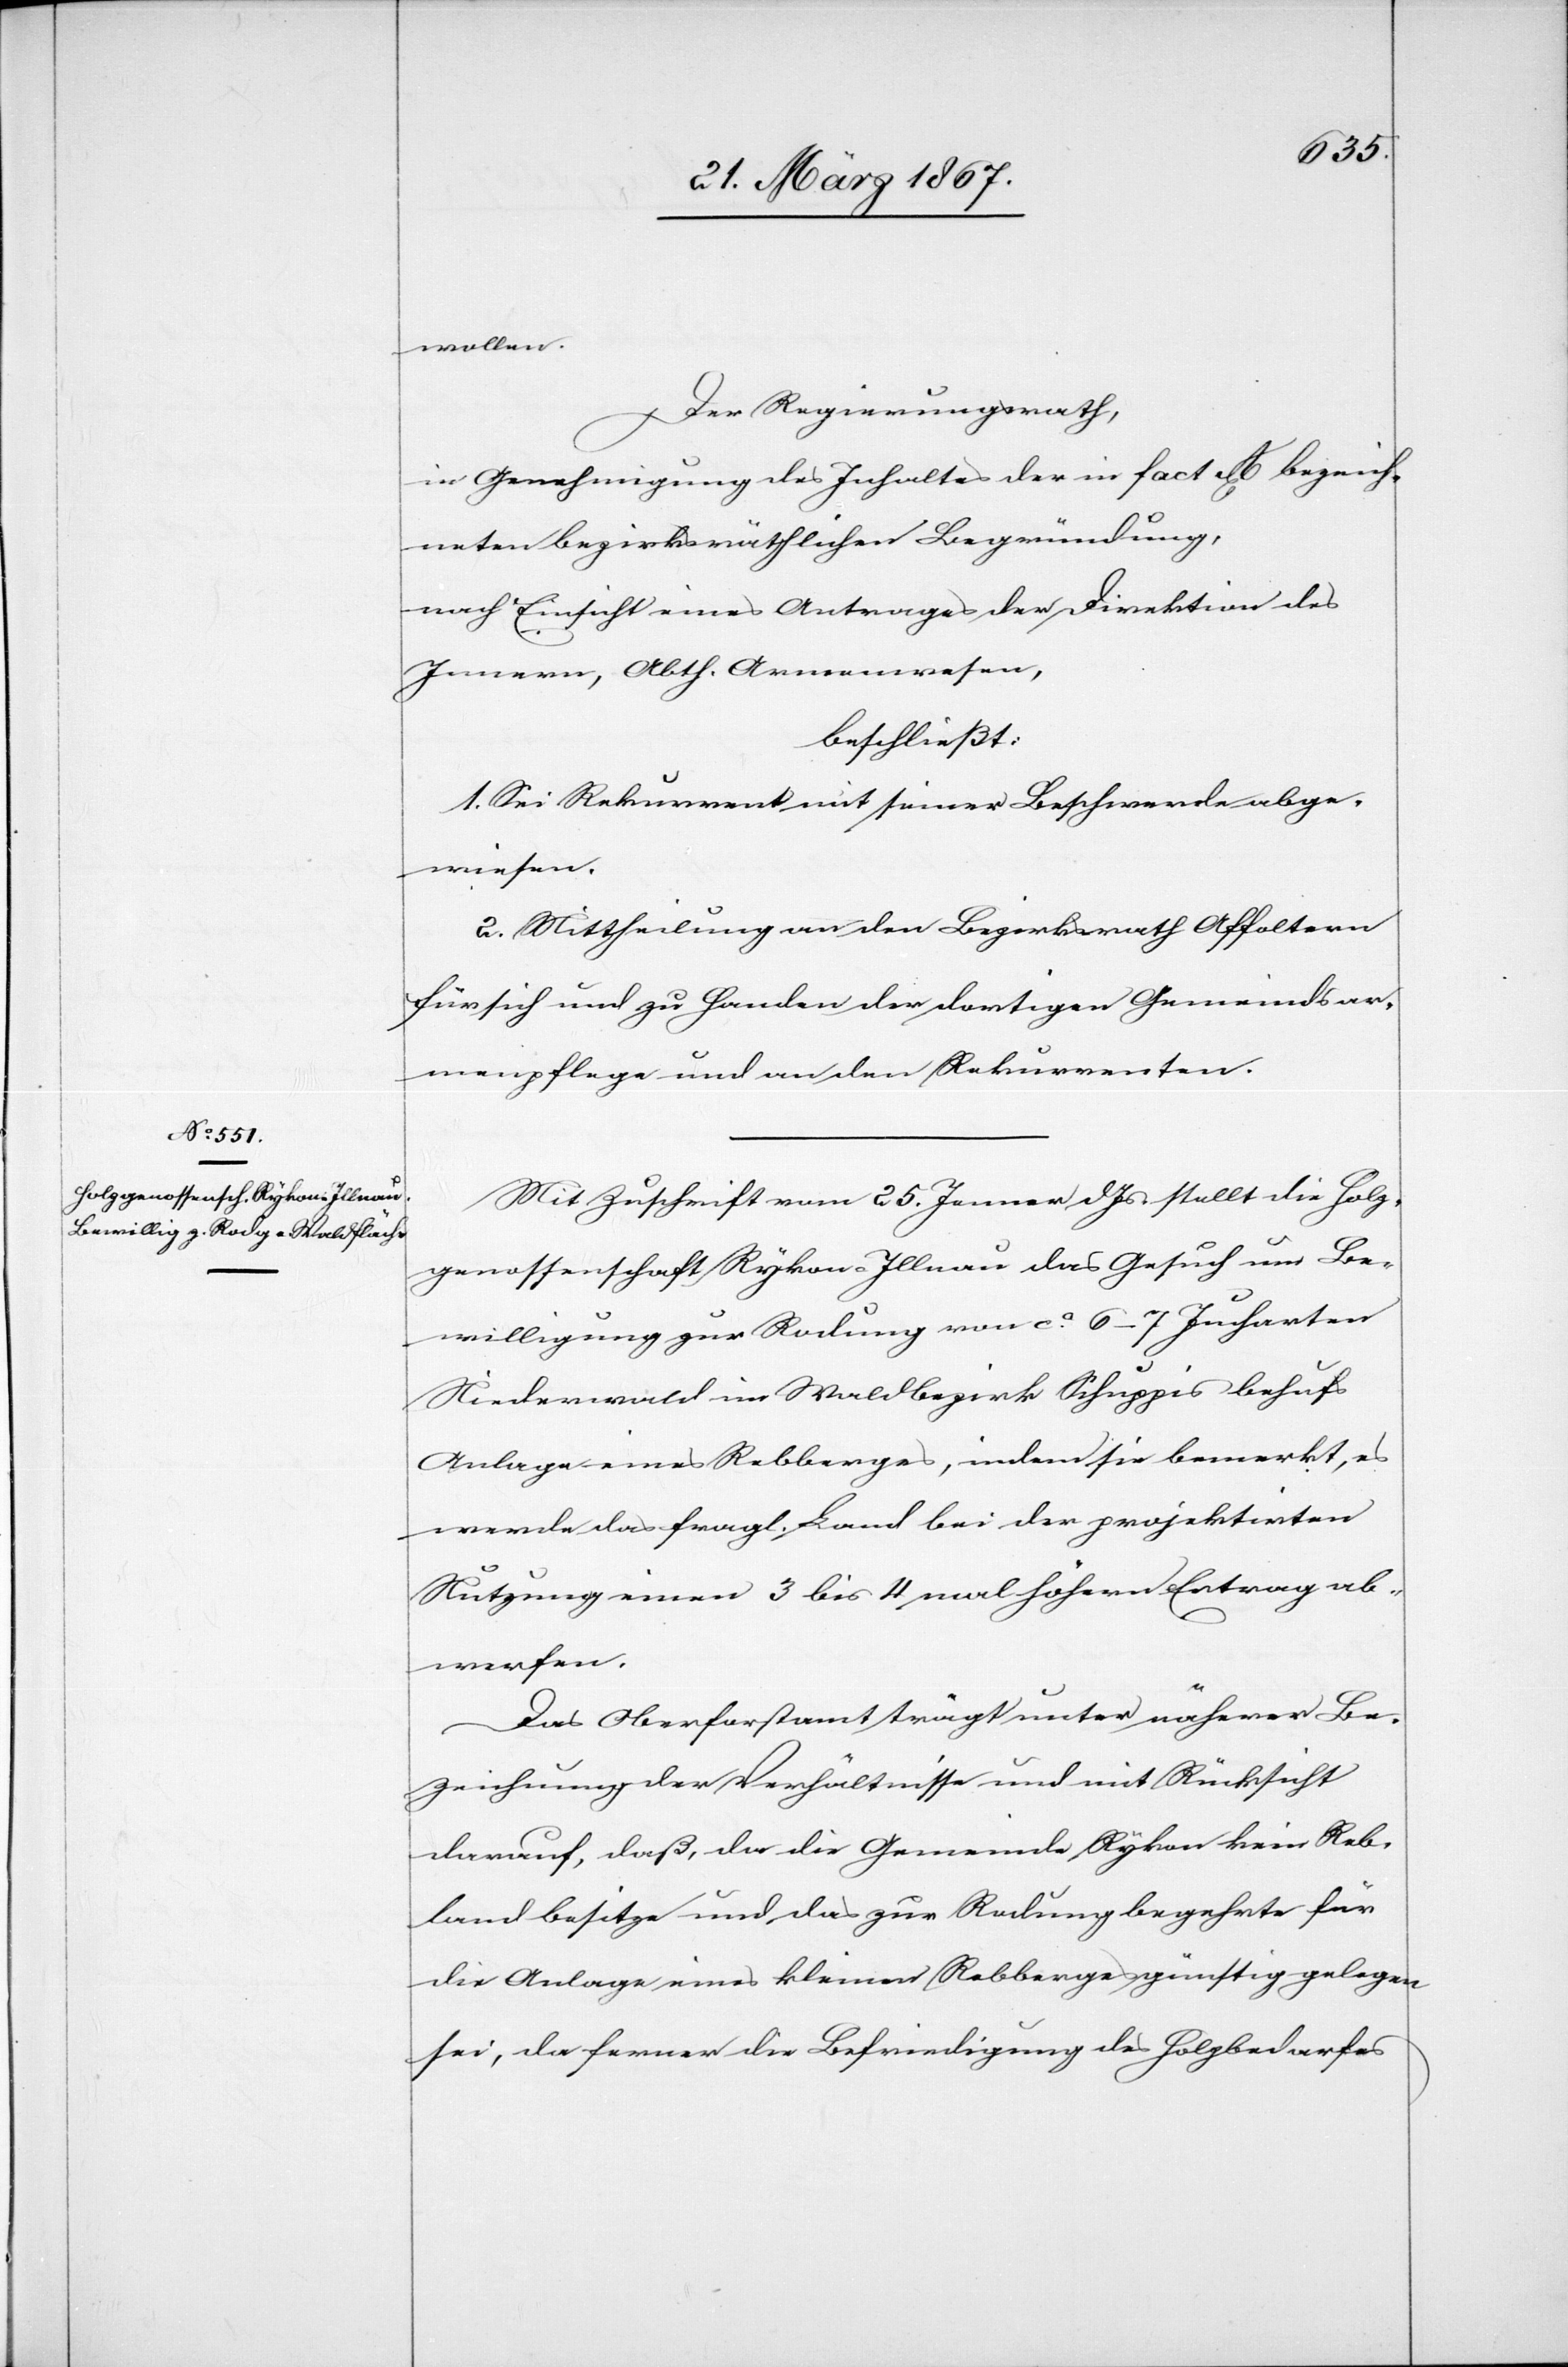
wollen.
Der Regierungsrath,
in Genehmigung des Inhaltes der in fact A bezeich¬
neten bezirksräthlichen Begründung,
nach Einsicht eines Antrages der Direktion des
Innern, Abth. Armenwesen,
beschließt:
1. Sei Rekurrent mit seiner Beschwerde abge¬
wiesen.
2. Mittheilung an den Bezirksrath Affoltern
für sich und zu Handen der dortigen Gemeindsar¬
menpflege und an den Rekurrenten.
Mit Zuschrift vom 25. Jenner d. Js stellt die Holz¬
genossenschaft Rykon-Illnau das Gesuch um Be¬
willigung zur Rodung von ca. 6–7 Jucharten
Niederwald im Waldbezirk Schuppis behufs
Anlage eines Rebberges, indem sie bemerkt, es
werde das fragl. Land bei der projektirten
Nutzung einen 3 bis 4 mal höhern Ertrag ab¬
werfen.
Das Oberforstamt trägt unter näherer Be¬
zeichnung der Verhältnisse und mit Rücksicht
darauf, daß, da die Gemeinde Rykon kein Reb¬
land besitze und das zur Rodung begehrte für
die Anlage eines kleinen Rebberges günstig gelegen
sei, da ferner die Befriedigung des Holzbedarfes